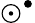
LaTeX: \odot^{\bullet}